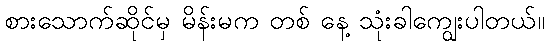
စားသောက်ဆိုင်မှ မိန်းမက တစ် နေ့ သုံးခါကျွေးပါတယ်။